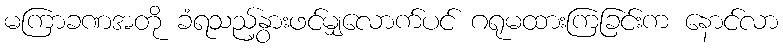
မကြာခဏအတို ခံရသည့်နွားဖင်မျှလောက်ပင် ဂရုမထားကြခြင်းက နောင်လာ